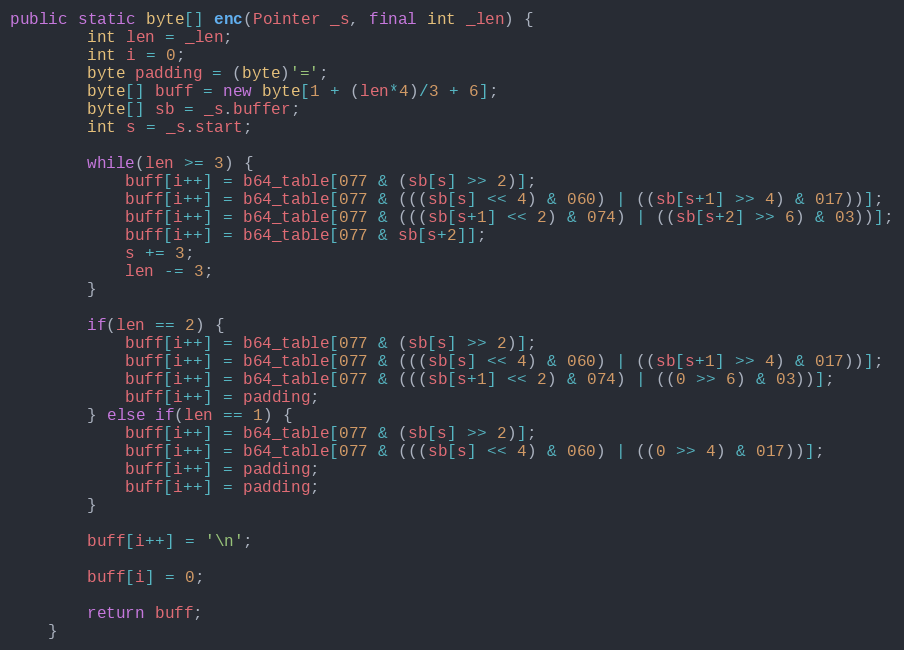
Language: Java
public static byte[] enc(Pointer _s, final int _len) {
        int len = _len;
        int i = 0;
        byte padding = (byte)'=';
        byte[] buff = new byte[1 + (len*4)/3 + 6];
        byte[] sb = _s.buffer;
        int s = _s.start;

        while(len >= 3) {
            buff[i++] = b64_table[077 & (sb[s] >> 2)];
            buff[i++] = b64_table[077 & (((sb[s] << 4) & 060) | ((sb[s+1] >> 4) & 017))];
            buff[i++] = b64_table[077 & (((sb[s+1] << 2) & 074) | ((sb[s+2] >> 6) & 03))];
            buff[i++] = b64_table[077 & sb[s+2]];
            s += 3;
            len -= 3;
        }

        if(len == 2) {
            buff[i++] = b64_table[077 & (sb[s] >> 2)];
            buff[i++] = b64_table[077 & (((sb[s] << 4) & 060) | ((sb[s+1] >> 4) & 017))];
            buff[i++] = b64_table[077 & (((sb[s+1] << 2) & 074) | ((0 >> 6) & 03))];
            buff[i++] = padding;
        } else if(len == 1) {
            buff[i++] = b64_table[077 & (sb[s] >> 2)];
            buff[i++] = b64_table[077 & (((sb[s] << 4) & 060) | ((0 >> 4) & 017))];
            buff[i++] = padding;
            buff[i++] = padding;
        }

        buff[i++] = '\n';

        buff[i] = 0;

        return buff;
    }